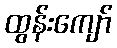
ထွန်းကျော်